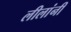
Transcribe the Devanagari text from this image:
लीलांनी